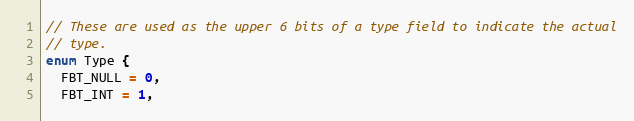
Language: C
// These are used as the upper 6 bits of a type field to indicate the actual
// type.
enum Type {
  FBT_NULL = 0,
  FBT_INT = 1,